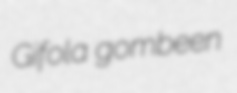
Gifola gombeen